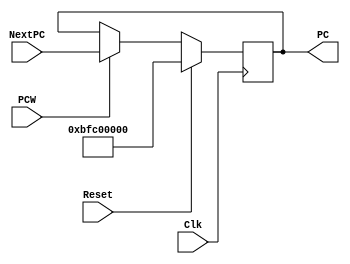
module PC(input Clk, Reset,
          input [31:0] NextPC,
          input PCW,
          output reg [31:0] PC);
    always @(posedge Clk)
        if(Reset)
           PC <= 32'hBFC00000;
        else
           if(PCW)
              PC <= NextPC;
endmodule